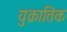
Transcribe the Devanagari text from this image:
युक्रातिक